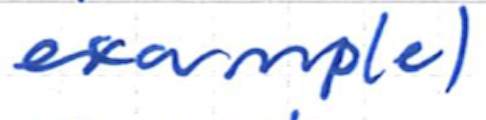
Text: example)
Cross-out: clean
Writing tool: ballpoint